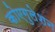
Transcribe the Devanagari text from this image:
कोएगुलेशन